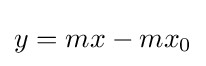
y=mx-mx_{0}